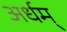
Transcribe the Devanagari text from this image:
अर्धम्